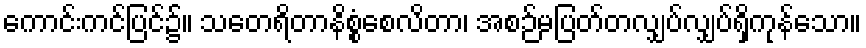
ကောင်းကင်ပြင်၌။ သတေရိတာနိစ္စံစေလိတာ၊ အစဉ်မပြတ်တလျှပ်လျှပ်ရှိကုန်သော။